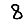
Digit: 8